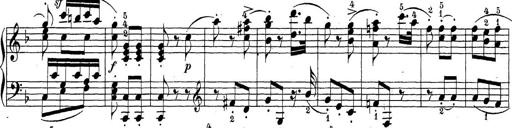
Title: Sonatina Album
Composer: Louis KÃ¶hler